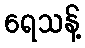
ရေသန့်